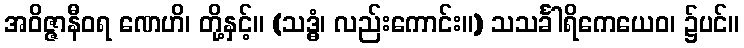
အဝိဇ္ဇာနီဝရ ဏေဟိ၊ တို့နှင့်။ (သဒ္ဓံ၊ လည်းကောင်း။) သသင်္ခါရိကေယေဝ၊ ၌ပင်။